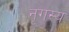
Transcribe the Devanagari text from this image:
नृगस्य